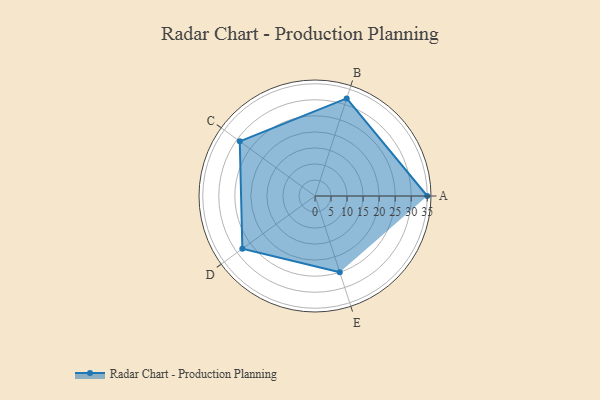
{"axis": {"x": "Skill", "y": "Score"}, "legend": ["Profile"], "data": [{"x": "A", "y": 35.0, "type": "Profile"}, {"x": "B", "y": 32.0, "type": "Profile"}, {"x": "C", "y": 29.0, "type": "Profile"}, {"x": "D", "y": 28.0, "type": "Profile"}, {"x": "E", "y": 25.0, "type": "Profile"}]}